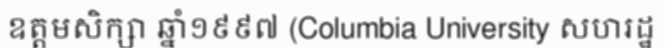
ឧត្តមសិក្សា ឆ្នាំ១៩៩៧ (Columbia University សហរដ្ឋ